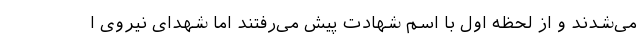
می‌شدند و از لحظه اول با اسم شهادت پیش می‌رفتند اما شهدای نیروی ا